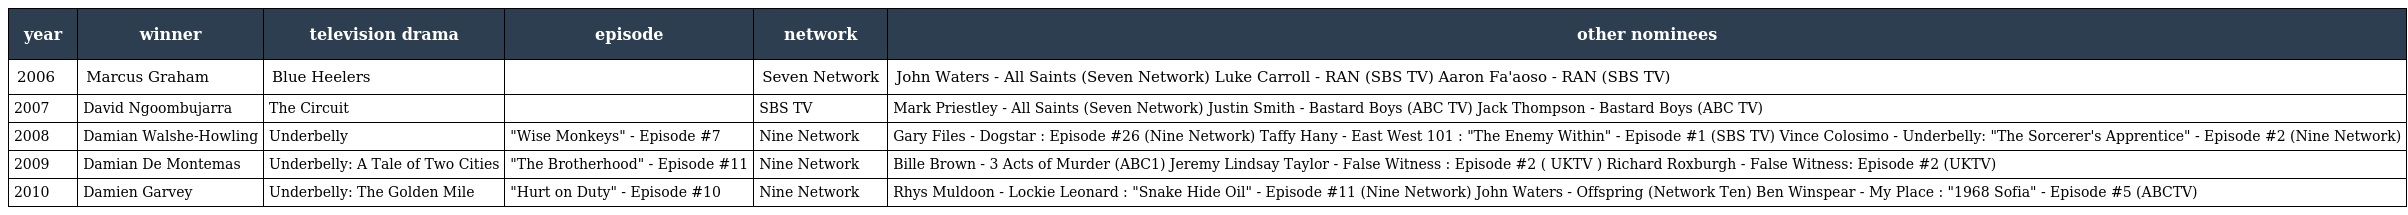
| year | winner | television drama | episode | network | other nominees |
 | --- | --- | --- | --- | --- | --- |
 | 2006 | Marcus Graham | Blue Heelers |  | Seven Network | John Waters - All Saints (Seven Network) Luke Carroll - RAN (SBS TV) Aaron Fa'aoso - RAN (SBS TV) |
 | 2007 | David Ngoombujarra | The Circuit |  | SBS TV | Mark Priestley - All Saints (Seven Network) Justin Smith - Bastard Boys (ABC TV) Jack Thompson - Bastard Boys (ABC TV) |
 | 2008 | Damian Walshe-Howling | Underbelly | "Wise Monkeys" - Episode #7 | Nine Network | Gary Files - Dogstar : Episode #26 (Nine Network) Taffy Hany - East West 101 : "The Enemy Within" - Episode #1 (SBS TV) Vince Colosimo - Underbelly: "The Sorcerer's Apprentice" - Episode #2 (Nine Network) |
 | 2009 | Damian De Montemas | Underbelly: A Tale of Two Cities | "The Brotherhood" - Episode #11 | Nine Network | Bille Brown - 3 Acts of Murder (ABC1) Jeremy Lindsay Taylor - False Witness : Episode #2 ( UKTV ) Richard Roxburgh - False Witness: Episode #2 (UKTV) |
 | 2010 | Damien Garvey | Underbelly: The Golden Mile | "Hurt on Duty" - Episode #10 | Nine Network | Rhys Muldoon - Lockie Leonard : "Snake Hide Oil" - Episode #11 (Nine Network) John Waters - Offspring (Network Ten) Ben Winspear - My Place : "1968 Sofia" - Episode #5 (ABCTV) |